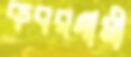
কবরগামী